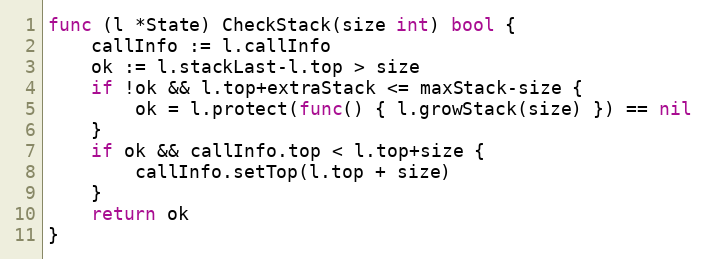
Language: Go
func (l *State) CheckStack(size int) bool {
	callInfo := l.callInfo
	ok := l.stackLast-l.top > size
	if !ok && l.top+extraStack <= maxStack-size {
		ok = l.protect(func() { l.growStack(size) }) == nil
	}
	if ok && callInfo.top < l.top+size {
		callInfo.setTop(l.top + size)
	}
	return ok
}